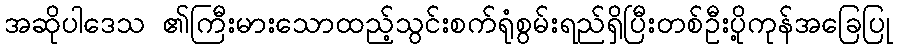
အဆိုပါဒေသ ၏ကြီးမားသောထည့်သွင်းစက်ရုံစွမ်းရည်ရှိပြီးတစ်ဦးပို့ကုန်အခြေပြု